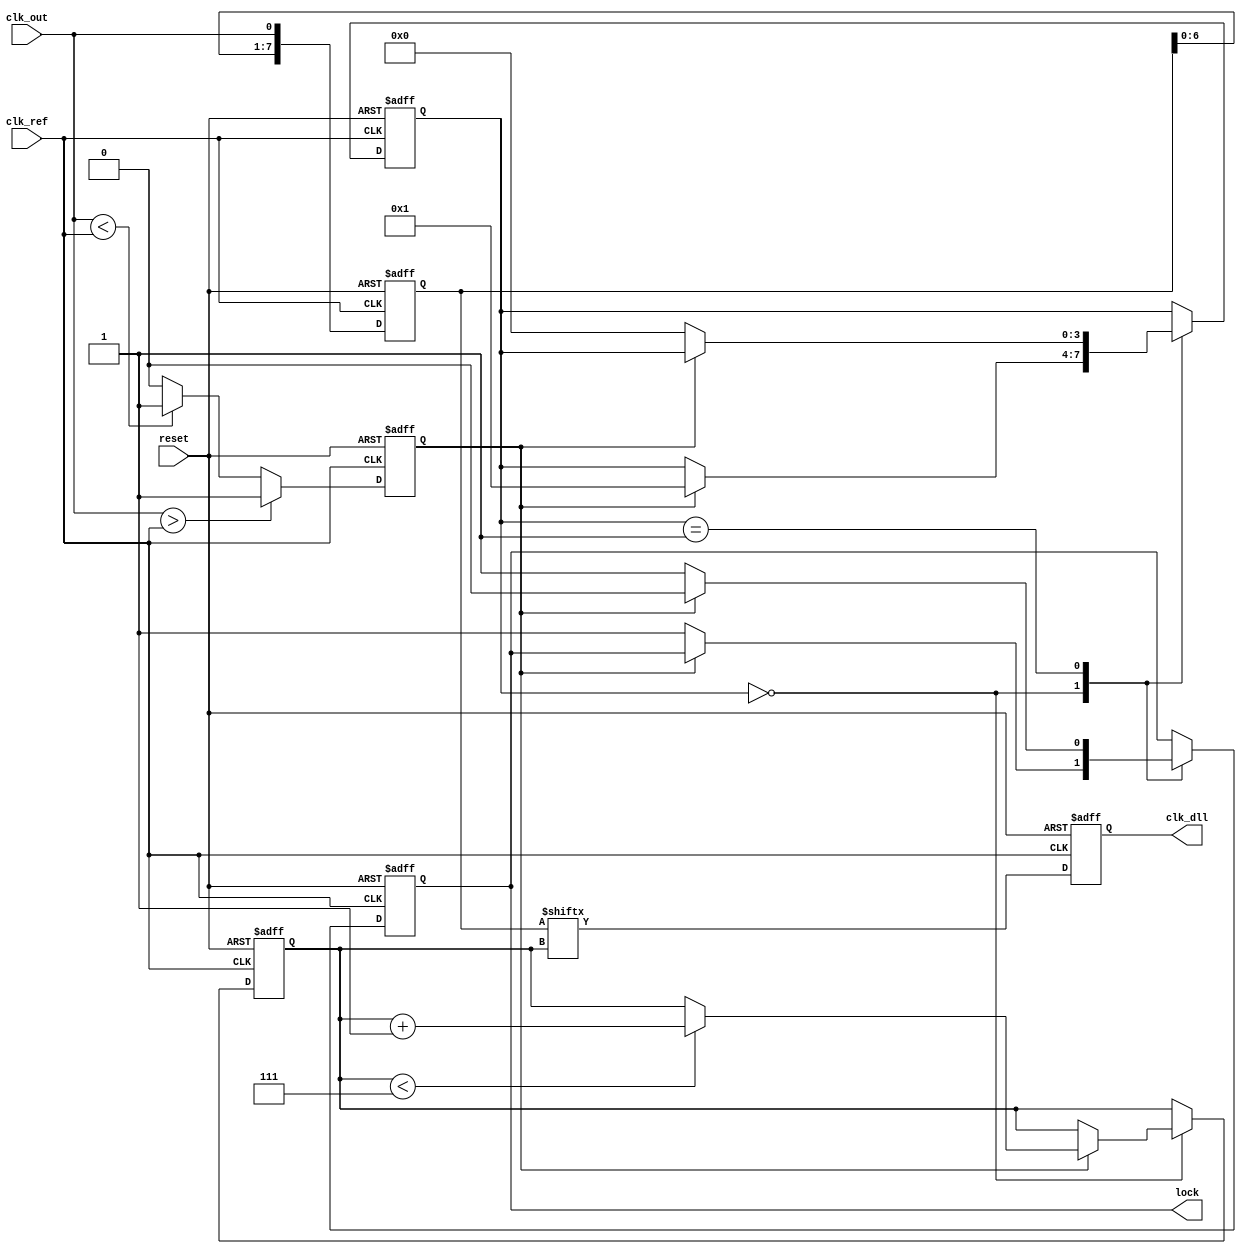
module dll (
    input wire clk_ref,          // Reference clock input
    input wire clk_out,          // Output clock from delay line
    input wire reset,            // Reset signal
    output reg clk_dll,          // DLL output clock
    output reg lock              // Lock status output
);

    // Parameters
    parameter NUM_DELAY_STAGES = 8; // Number of delay stages
    parameter DELAY_INCREMENT = 1;   // Delay increment value

    // Internal signals
    reg [NUM_DELAY_STAGES-1:0] delay_line; // Delay line stages
    reg [2:0] delay_select;                 // Selected delay stage
    reg phase_error;                        // Phase error signal
    reg [3:0] state;                        // State for control logic
    reg [3:0] next_state;                  // Next state for FSM

    // Phase Detector
    always @(posedge clk_ref or posedge reset) begin
        if (reset) begin
            phase_error <= 0;
        end else begin
            // Simple phase detector logic
            if (clk_out > clk_ref) begin
                phase_error <= 1; // Output clock is leading
            end else if (clk_out < clk_ref) begin
                phase_error <= -1; // Output clock is lagging
            end else begin
                phase_error <= 0; // Aligned
            end
        end
    end

    // Control Logic (FSM)
    always @(posedge clk_ref or posedge reset) begin
        if (reset) begin
            state <= 0;
            delay_select <= 0;
            lock <= 0;
        end else begin
            case (state)
                0: begin // Initial state
                    if (phase_error == 1) begin
                        if (delay_select < NUM_DELAY_STAGES-1) begin
                            delay_select <= delay_select + DELAY_INCREMENT; // Increase delay
                        end
                        state <= 1; // Move to adjusting state
                    end else if (phase_error == -1) begin
                        if (delay_select > 0) begin
                            delay_select <= delay_select - DELAY_INCREMENT; // Decrease delay
                        end
                        state <= 1; // Move to adjusting state
                    end else begin
                        lock <= 1; // Locked
                    end
                end
                1: begin // Adjusting state
                    if (phase_error == 0) begin
                        lock <= 1; // Locked
                        state <= 0; // Return to initial state
                    end else begin
                        lock <= 0; // Not locked
                    end
                end
            endcase
        end
    end

    // Delay Line Implementation
    always @(posedge clk_ref or posedge reset) begin
        if (reset) begin
            delay_line <= 0;
            clk_dll <= 0;
        end else begin
            // Shift the delay line based on the selected delay stage
            clk_dll <= delay_line[delay_select]; // Select the appropriate delay stage
            // Update the delay line (this is a simplified example)
            delay_line <= {delay_line[NUM_DELAY_STAGES-2:0], clk_out}; // Shift in the output clock
        end
    end

endmodule